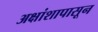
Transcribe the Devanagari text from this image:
अक्षांशापासून